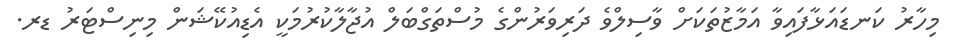
މިހާރު ކަނޑައަޅާފައިވާ އަމާޒުތަކަށް ވާސިލްވެ ދަރިވަރުންގެ މުސްތަގްބަލް އުޖާލާކުރުމަކީ އެޑިއުކޭޝަން މިނިސްޓަރު ޑރ.